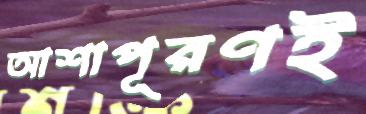
আশাপূরণই